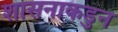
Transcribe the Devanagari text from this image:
शासनाकडुन